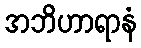
အဘိဟာရာနံ